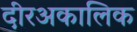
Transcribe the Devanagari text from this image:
दीरअकालिक